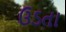
ઉડતા